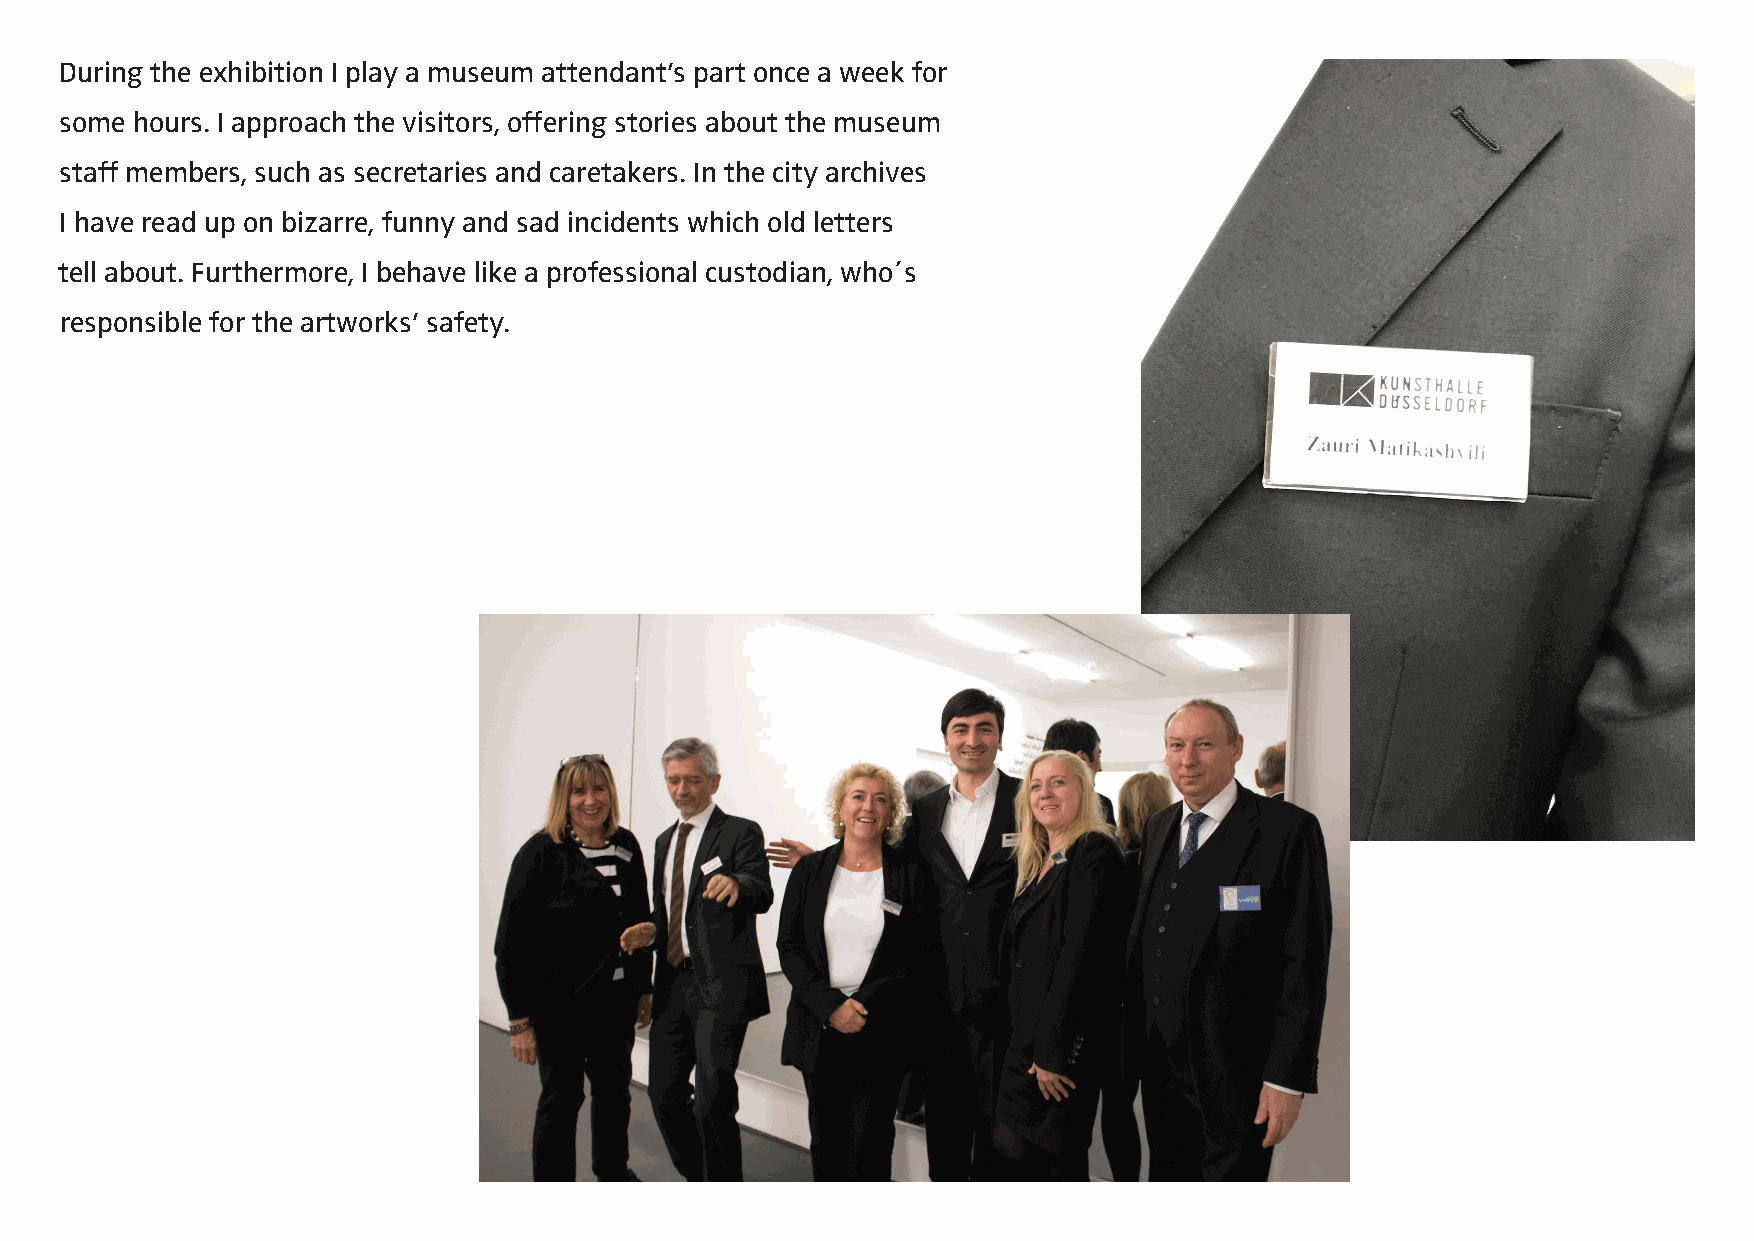
During the exhibition I play a museum attendant’s part once a week for
 some hours. I approach the visitors, offering stories about the museum
 staff members, such as secretaries and caretakers. In the city archives
 I have read up on bizarre, funny and sad incidents which old letters
 tell about. Furthermore, I behave like a professional custodian, who´s
 responsible for the artworks’ safety.